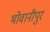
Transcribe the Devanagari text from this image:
भोवानीपुर